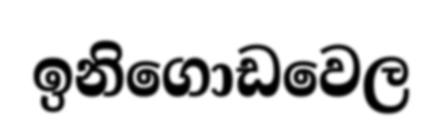
ඉනිගොඩවෙල